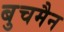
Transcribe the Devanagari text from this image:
बुचमैन